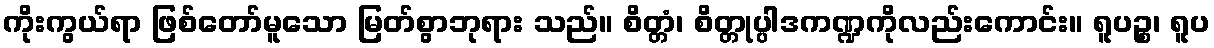
ကိုးကွယ်ရာ ဖြစ်တော်မူသော မြတ်စွာဘုရား သည်။ စိတ္တံ၊ စိတ္တုပ္ပါဒကဏ္ဍကိုလည်းကောင်း။ ရူပဉ္စ၊ ရူပ